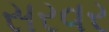
સરવર